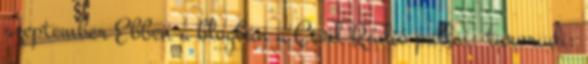
szeptember Ebben a blogban a Civil Rádió pallai: turorudi: